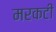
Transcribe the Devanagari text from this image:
मरकटी